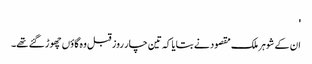
'
ان کے شوہر ملک مقصود نے بتایا کہ تین چار روز قبل وہ گاؤں چھوڑ گئے تھے۔